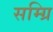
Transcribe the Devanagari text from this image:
सम्ग्रि